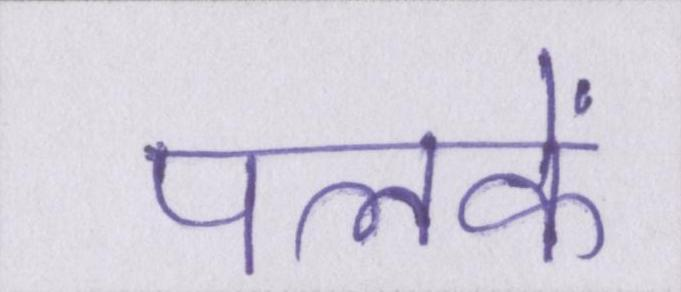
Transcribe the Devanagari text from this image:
पलकें